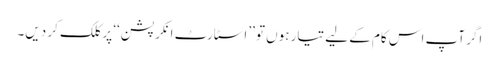
اگر آپ اس کام کے لیے تیار ہوں تو ’’اسٹارٹ انکرپشن‘‘ پر کلک کر دیں۔